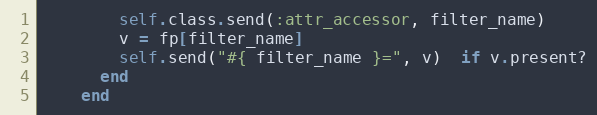
Language: Ruby
        self.class.send(:attr_accessor, filter_name)
        v = fp[filter_name]
        self.send("#{ filter_name }=", v)  if v.present?
      end
    end